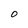
Character: O